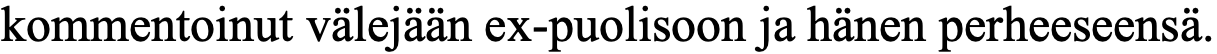
kommentoinut välejään ex-puolisoon ja hänen perheeseensä.